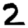
Digit: 2